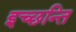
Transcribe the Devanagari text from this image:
इच्छन्ति